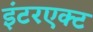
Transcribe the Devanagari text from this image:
इंटरएक्ट